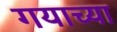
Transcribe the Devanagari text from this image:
गयाच्या